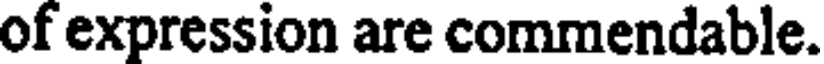
of expression are commendable.